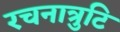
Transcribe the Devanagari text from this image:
रचनात्रुटि